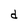
Character: d